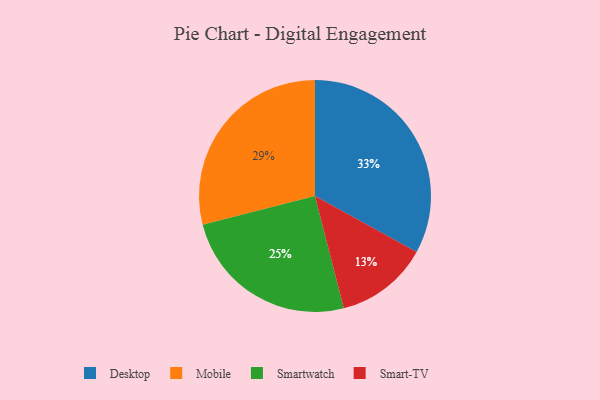
{"axis": {"x": "Category", "y": "Percentage"}, "legend": ["Desktop", "Mobile", "Smart-TV", "Smartwatch"], "data": [{"x": "Mobile", "y": 29, "type": "Mobile"}, {"x": "Smartwatch", "y": 25, "type": "Smartwatch"}, {"x": "Desktop", "y": 33, "type": "Desktop"}, {"x": "Smart-TV", "y": 13, "type": "Smart-TV"}]}